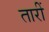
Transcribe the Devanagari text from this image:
तारीं